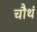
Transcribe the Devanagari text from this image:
चौथं